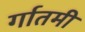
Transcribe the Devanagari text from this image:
र्गातमी